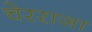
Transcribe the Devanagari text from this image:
चेरराजा